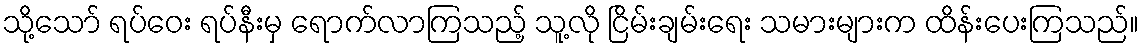
သို့သော် ရပ်ဝေး ရပ်နီးမှ ရောက်လာကြသည့် သူ့လို ငြိမ်းချမ်းရေး သမားများက ထိန်းပေးကြသည်။